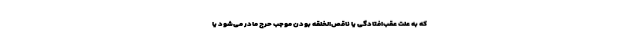
که به علت عقب‌افتادگی یا ناقص‌الخلقه بودن موجب حرج مادر می‌شود یا